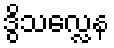
ဒွိသလ္လေန